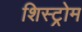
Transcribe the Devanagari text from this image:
शिस्ट्रोम